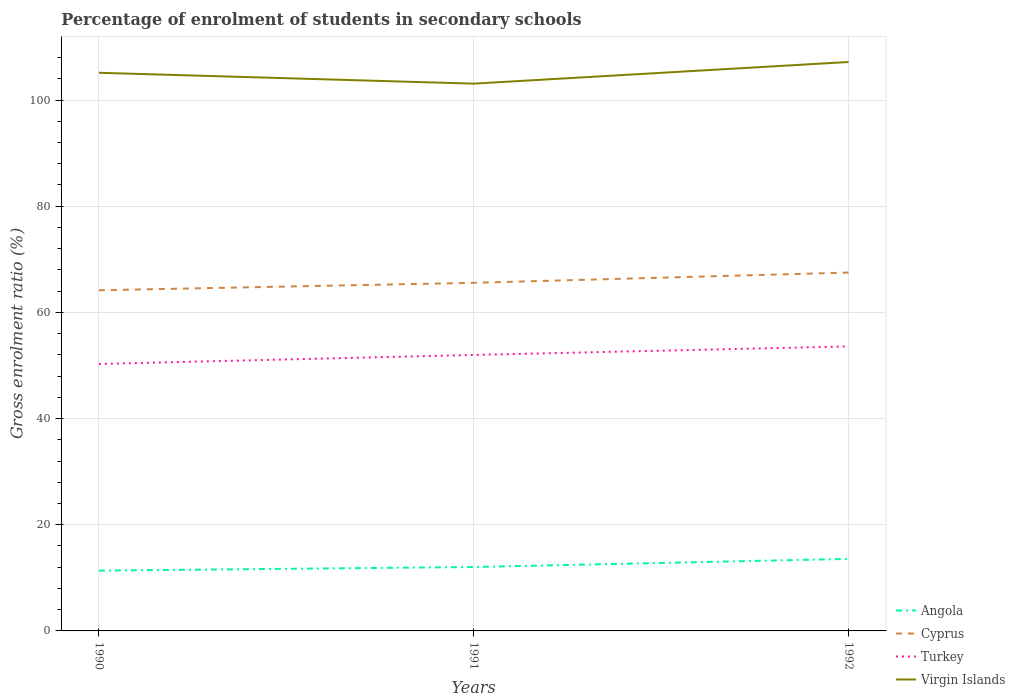
| Years | Angola | Cyprus | Turkey | Virgin Islands |
 | --- | --- | --- | --- | --- |
 | 1990 | 11.4 | 64.2 | 50.3 | 105 |
 | 1991 | 12 | 65.6 | 52 | 103 |
 | 1992 | 13.6 | 67.5 | 53.6 | 107 |